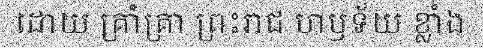
ដោយ គ្រាំគ្រា ព្រះរាជ ហឫទ័យ ខ្លាំង